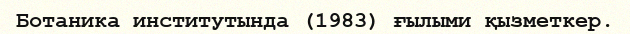
Ботаника институтында (1983) ғылыми қызметкер.